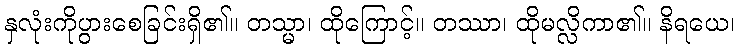
နှလုံးကိုပွားစေခြင်းရှိ၏။ တသ္မာ၊ ထိုကြောင့်။ တဿာ၊ ထိုမလ္လိကာ၏။ နိရယေ၊